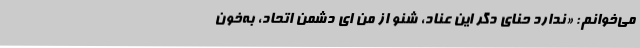
می‌خوانم: «ندارد حنای دگر این عناد، شنو از من ای دشمن اتحاد، به‌خون